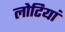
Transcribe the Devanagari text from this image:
लोटियां